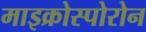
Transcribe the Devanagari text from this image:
माइक्रोस्पोरोन